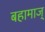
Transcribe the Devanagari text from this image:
बहामाज्